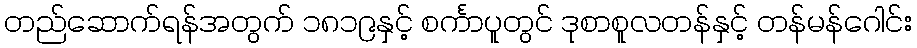
တည်ဆောက်ရန်အတွက် ၁၈၁၉နှင့် စင်္ကာပူတွင် ဒုစာစူလတန်နှင့် တန်မန်ဂေါင်း